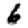
Digit: 6